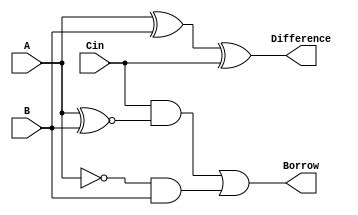
`timescale 1ns / 1ps

module fullsubtractor(Difference,Borrow,A,B,Cin);
output Difference,Borrow;
input A,B,Cin;
assign Difference= A^B^Cin;
assign Borrow=Cin&(A~^B)|(~A&B);
endmodule